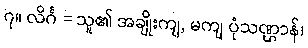
၇။ လိင်္ဂ = သူ၏ အချိုးကျ, မကျ ပုံသဏ္ဌာန်၊